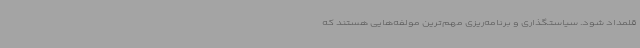
قلمداد شود. سیاستگذاری و برنامه‌ریزی مهم‌ترین مولفه‌هایی هستند که